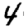
Digit: 4